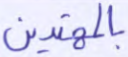
بالمهتدين